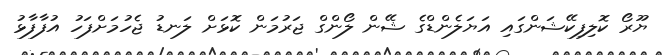
ޔޫރޯ ކޮލިފިކޭޝަންގައި އަޔަލެންޑްގެ ޝޭން ލޯންގް ޖަރުމަން ކޮޅަށް ލަނޑު ޖެހުމަށްފަހު އުފާފާޅު